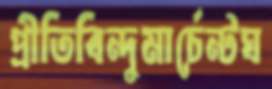
প্রীতিবিন্দুমার্চেন্টঘ